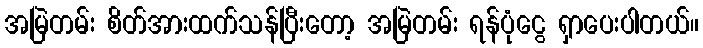
အမြဲတမ်း စိတ်အားထက်သန်ပြီးတော့ အမြဲတမ်း ရန်ပုံငွေ ရှာပေးပါတယ်။